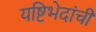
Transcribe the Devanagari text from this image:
यष्टिभेदांची